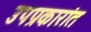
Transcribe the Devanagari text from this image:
उपप्रकारांत